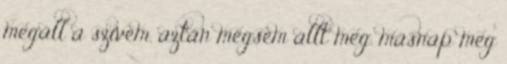
megáll a szívem. aztán mégsem állt meg. másnap meg